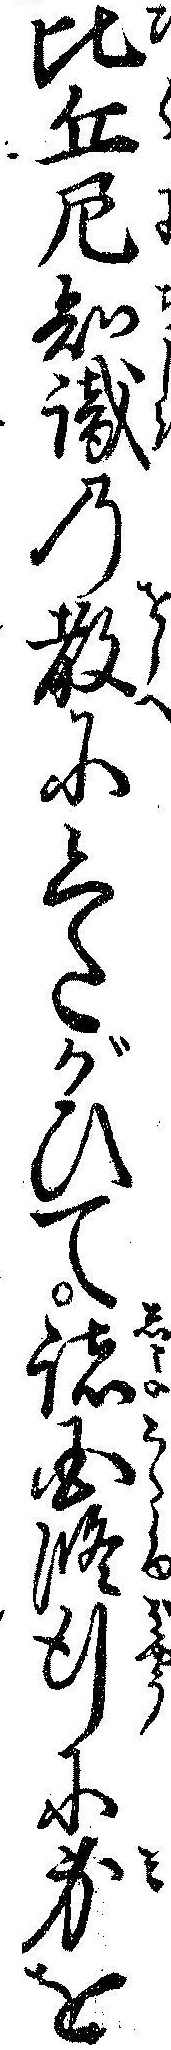
比丘尼知識の教にしたがひて諸国修行に身を